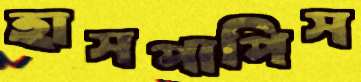
হাসপাপিস